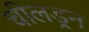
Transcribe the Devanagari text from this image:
चीलड्रन